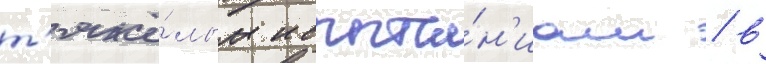
т'яжё́лым испыта́н'иам / в